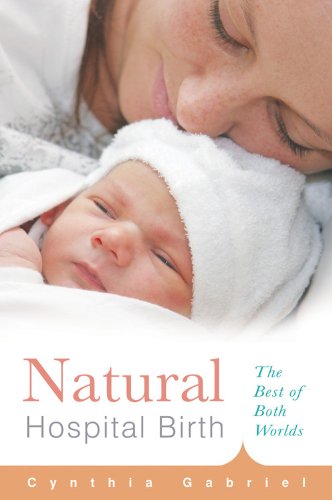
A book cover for Natural Hospital Birth: The Best of Both Worlds (Non); Cynthia Gabriel; Parenting & Relationships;